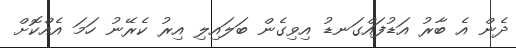
ދެން އެ ބާރު އަޑުފައްގަނޑު އިވިގެން ބަލައިލި އިރު ކެރޭނު ހަމަ އެއްކޮށް